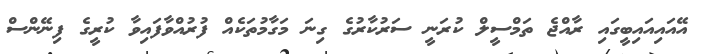
އޭއައިއައިބީގައި ރާއްޖެ ތަމްސީލް ކުރަނީ ސަރުކާރުގެ ގިނަ މަގާމުތަކެއް ފުރުއްވާފައިވާ ކުރީގެ ފިނޭންސް